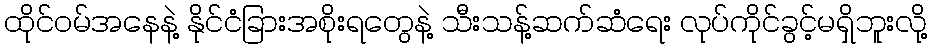
ထိုင်ဝမ်အနေနဲ့ နိုင်ငံခြားအစိုးရတွေနဲ့ သီးသန့်ဆက်ဆံရေး လုပ်ကိုင်ခွင့်မရှိဘူးလို့